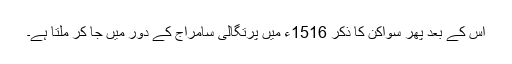
اس کے بعد پھر سواکن کا ذکر 1516ء میں پرتگالی سامراج کے دور میں جا کر ملتا ہے۔